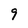
Character: 9